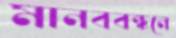
মানববন্ধনে